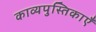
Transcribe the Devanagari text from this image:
काव्यपुस्तिकाएँ